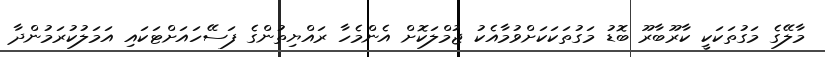
މާލޭގެ މަގުތަކަކީ ކާރޫބާރޫ ބޮޑު މަގުތަކަކަށްވުމާއެކު ޖުމްލަކޮށް އެންމެހާ ރައްޔިތުންގެ ފަސޭހައަށްޓަކައި އަމަލުކުރަމުންދާ